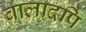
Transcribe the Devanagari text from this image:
बालादपि